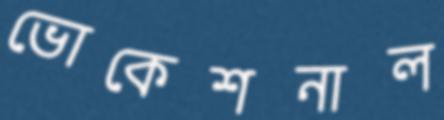
ভোকেশনাল